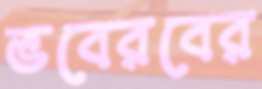
ভবেরবের